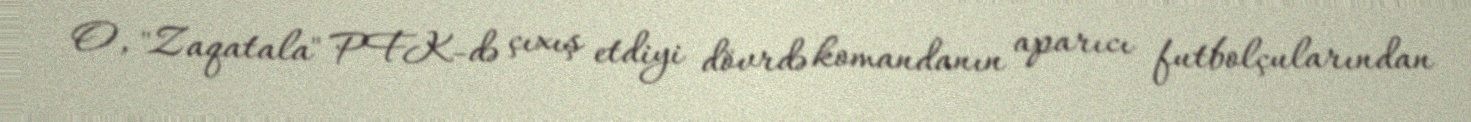
O, "Zaqatala" PFK-də çıxış etdiyi dövrdə komandanın aparıcı futbolçularından